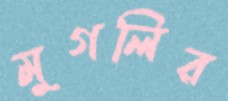
মুগলির